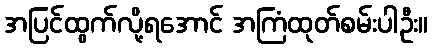
အပြင်ထွက်လို့ရအောင် အကြံထုတ်စမ်းပါဦး။